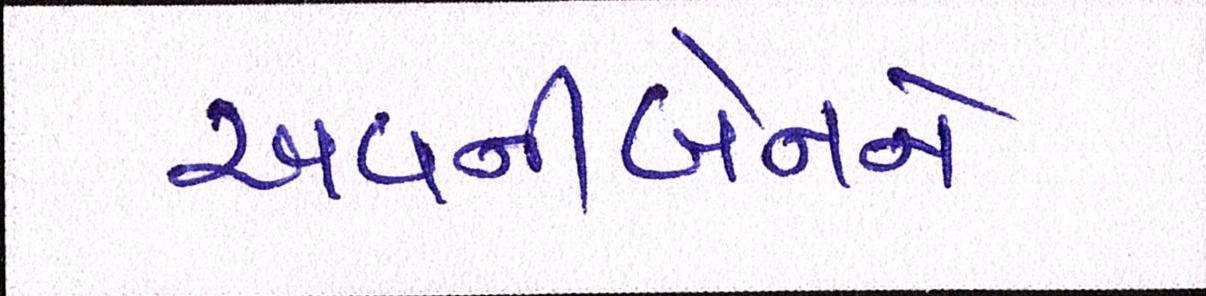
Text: અવનીબેનને